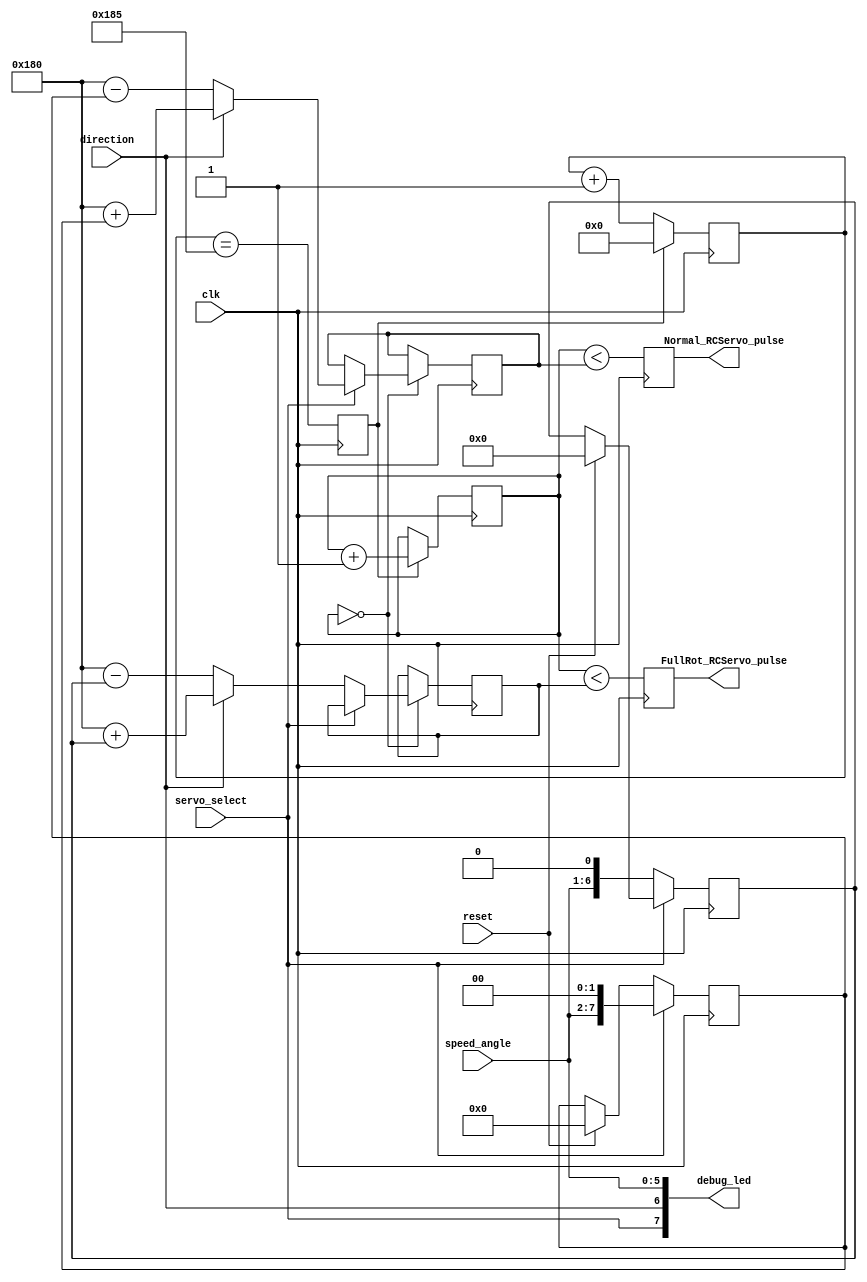
`timescale 1ns / 1ps
//////////////////////////////////////////////////////////////////////////////////
// Servo controller unit, currently support both continuous (full) rotation
// servo and normal (0-180 degree) servo.
// 
// Copyright by Dung Le
// 
// Design Name: 
// Module Name:    servo_controller 
// Project Name: 
// Target Devices: 
// Tool versions: 
// Description: 
// - Servo control register definition:
//   + bit [5-0]: speed, 64 steps
//   + bit 6: direction bit
//   + bit 7: servo select bit
// - The output pulse width from servo_controller unit are 0.5 - 2.5 ms for normal 
//   servo, 1 - 2 ms for full rotation servo. PWM period is 16ms (fpga board run at 10MHZ)
//
// Dependencies: 
//
// Revision: 
// Revision 0.01 - File Created
// Additional Comments: 
//
//////////////////////////////////////////////////////////////////////////////////
module servo_controller(
	////////////////////////////////////////////////////////////////////////////
	// -- INPUT
	////////////////////////////////////////////////////////////////////////////
	input wire      direction,
	input [5:0] speed_angle,      // pwm control, 6-bit resolution
	input wire      servo_select,	       // servo select, 2 servos supported
	input       clk,
	input             reset,
	////////////////////////////////////////////////////////////////////////////
	// -- OUTPUT
	////////////////////////////////////////////////////////////////////////////	
	output reg FullRot_RCServo_pulse,            // 2 PWM outputs		
	output reg Normal_RCServo_pulse,
	output [7:0]  debug_led
   );
	
	assign debug_led = {servo_select, direction, speed_angle};
	// Normal servos operation:
	// - The PWM control pulse length needs to be anywhere from 1ms to 2ms.
	//   A pulse of 1.5ms rotates the axis in the middle of its rotation range.
	// - A new pulse needs to be sent regularly (every 10 to 20ms), even if the 
	//   angular position doesn't need to be changed, or the servo will stop 
	//   trying to hold it.
	// 
	reg [6:0] speed = 0;	// 127 max 
	reg [7:0] angle = 0;	// 255 max
	//reg direction;
	//reg servo_select;	       // servo select, 2 servos supported

	// divide the clock
	// parameter ClkDiv = 391;  // 100000000/1000/256 = 390.6
	// pulse from 1ms (0) to 2ms (255), with a resolution of 1ms/256=3.9us.
	// generate a "tick" of period as close as possible to 3.9us.
	parameter   simulate = 0;

	parameter ClkDiv = simulate ? 3            // simulating clock
	                            : 391;
	reg [9:0] ClkCount = 0;
	reg ClkTick = 0;
	
	always @(posedge clk) 
		ClkTick <= (ClkCount==ClkDiv-2);
	always @(posedge clk) 
		if(ClkTick) 
			ClkCount <= 0; 
		else 
			ClkCount <= ClkCount + 1;

	////////////////////////////////////////////////////////////////////////////
	// 12-bits counter that increments at every "3.9us" tick,rolls-over every 16ms
	reg [11:0] PulseCount = 0;
	always @(posedge clk) 
		if(ClkTick) 
			PulseCount <= PulseCount + 1;

	// make sure the RCServo_position is stable while the pulse is generated
	reg [9:0] RCServo_angle = 10'd384; // center = 384, range 128 - 639
	reg [9:0] RCServo_speed = 10'd384; // stop = 384, range 256 - 511
	always @(posedge clk) begin
		if (reset) begin
			speed <= 0;
			angle <= 0;
		end
		begin 
			if (servo_select == 1'b0)
				speed <= {speed_angle, 1'b0};
			else	
				angle <= {speed_angle, 2'b0};
		end
	end

	always @(posedge clk) 
		if(PulseCount == 0) begin
			if (servo_select == 1'b0) begin // full rotation servo
				if (direction == 1'b0)       // right turn
					RCServo_speed <= 10'd384 - {3'b000, speed};
				else
					RCServo_speed <= 10'd384 + {3'b000, speed};
			end
			else begin                      // normal servo
				if (direction == 1'b0)       // 
					RCServo_angle <= 10'd384 - {2'b00, angle};
				else
					RCServo_angle <= 10'd384 + {2'b00, angle};
			end
		end
			
		
	// We start each pulse when "PulseCount" equals 0.
	// We end each pulse when "PulseCount" is somewhere between 256 and 511. 
	// That generates the pulse between 1ms and 2ms.
	// "RCServo_position" is the 8 bits position value (from 0 to 255), we concatenate
	// a "0001" in front of it to create a 12 bits value ranging from 256 ot 511
	//reg FullRot_RCServo_pulse = 0;  
	//reg Normal_RCServo_pulse = 0 ;

	always @(posedge clk) begin
		FullRot_RCServo_pulse <= (PulseCount < {2'b00, RCServo_speed} );
		Normal_RCServo_pulse <= (PulseCount < {2'b00, RCServo_angle} );
	end

endmodule